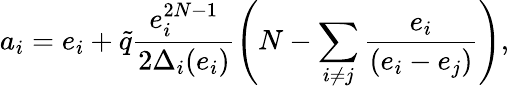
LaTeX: a_{i}=e_{i}+\tilde{q}\frac{e_{i}^{2N-1}}{2\Delta_{i}(e_{i})}\left(N-\sum_{i\neq j}\frac{e_{i}}{(e_{i}-e_{j})}\right),